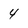
Character: 4